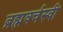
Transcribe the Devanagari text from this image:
ब्रह्मवर्चस्वी